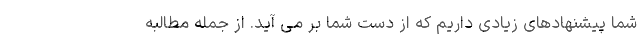
شما پیشنهادهای زیادی داریم که از دست شما بر می آید. از جمله مطالبه